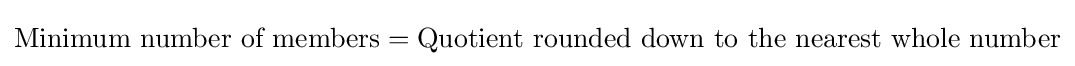
{\mbox{Minimum number of members}}={\mbox{Quotient rounded down to the nearest whole number}}